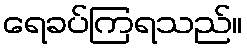
ရေခပ်ကြရသည်။